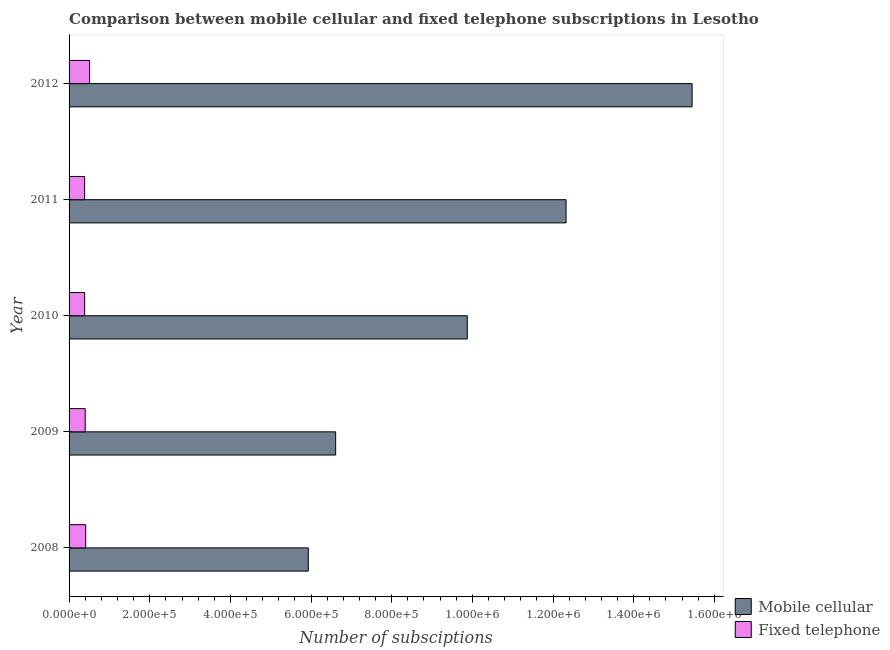
| Year | Mobile cellular | Fixed telephone |
 | --- | --- | --- |
 | 2008 | 5.93e+05 | 4.12e+04 |
 | 2009 | 6.61e+05 | 4e+04 |
 | 2010 | 9.87e+05 | 3.86e+04 |
 | 2011 | 1.23e+06 | 3.86e+04 |
 | 2012 | 1.54e+06 | 5.08e+04 |